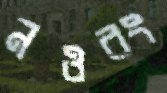
নওরং